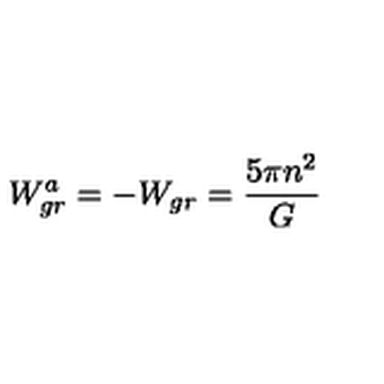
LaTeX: W _ { g r } ^ { a } = - W _ { g r } = { \frac { 5 \pi n ^ { 2 } } { G } }